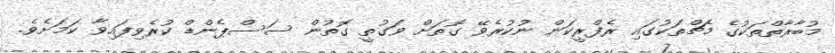
މުބާރާތްތަކުގެ މެޗްތަކުގައި ރެފްރީކަން ނުކުރެވޭ ގޮތަށް ވަގުތީ ގޮތުން ސަސްޕެންޑް ކުރެވިފައިވާ ކަމަށެވެ.